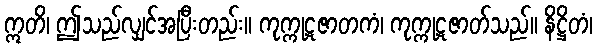
ဣတိ၊ ဤသည်လျှင်အပြီးတည်း။ ကုက္ကုဋဇာတကံ၊ ကုက္ကုဋဇာတ်သည်။ နိဋ္ဌိတံ၊